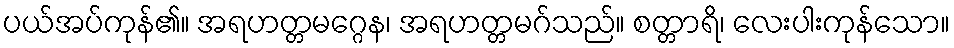
ပယ်အပ်ကုန်၏။ အရဟတ္တမဂ္ဂေန၊ အရဟတ္တမဂ်သည်။ စတ္တာရိ၊ လေးပါးကုန်သော။